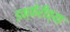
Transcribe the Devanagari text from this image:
इक्केरीच्या